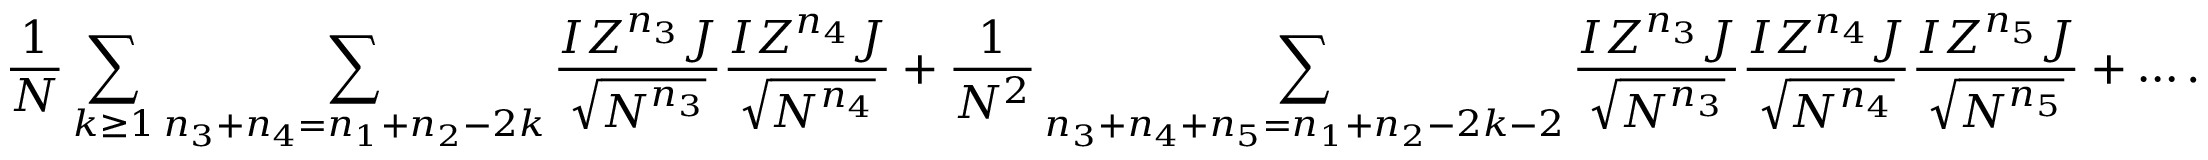
\frac { 1 } { N } \sum _ { k \geq 1 } \sum _ { n _ { 3 } + n _ { 4 } = n _ { 1 } + n _ { 2 } - 2 k } \frac { I Z ^ { n _ { 3 } } J } { \sqrt { N ^ { n _ { 3 } } } } \frac { I Z ^ { n _ { 4 } } J } { \sqrt { N ^ { n _ { 4 } } } } + \frac { 1 } { N ^ { 2 } } \sum _ { n _ { 3 } + n _ { 4 } + n _ { 5 } = n _ { 1 } + n _ { 2 } - 2 k - 2 } \frac { I Z ^ { n _ { 3 } } J } { \sqrt { N ^ { n _ { 3 } } } } \frac { I Z ^ { n _ { 4 } } J } { \sqrt { N ^ { n _ { 4 } } } } \frac { I Z ^ { n _ { 5 } } J } { \sqrt { N ^ { n _ { 5 } } } } + \dots .